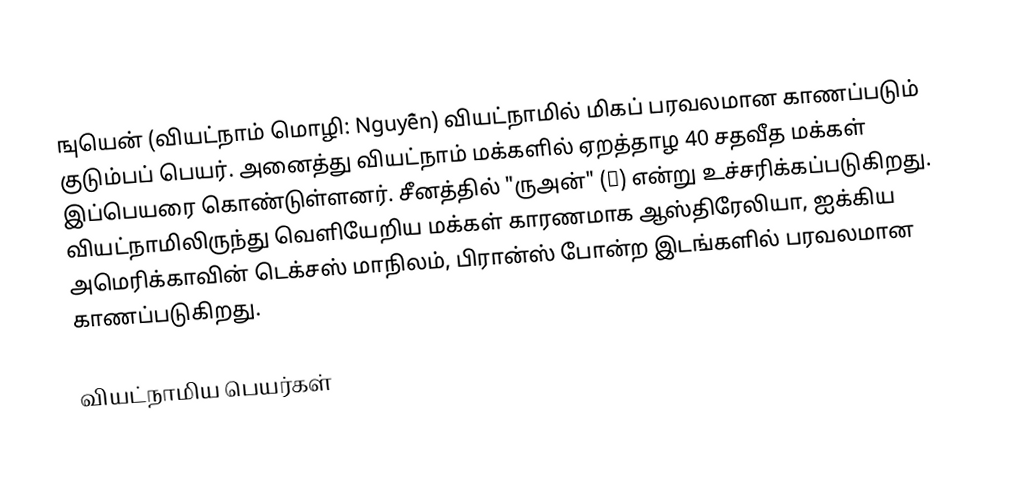
ஙுயென் (வியட்நாம் மொழி: Nguyễn) வியட்நாமில் மிகப் பரவலமான காணப்படும் குடும்பப் பெயர். அனைத்து வியட்நாம் மக்களில் ஏறத்தாழ 40 சதவீத மக்கள் இப்பெயரை கொண்டுள்ளனர். சீனத்தில் "ருஅன்" (阮) என்று உச்சரிக்கப்படுகிறது. வியட்நாமிலிருந்து வெளியேறிய மக்கள் காரணமாக ஆஸ்திரேலியா, ஐக்கிய அமெரிக்காவின் டெக்சஸ் மாநிலம், பிரான்ஸ் போன்ற இடங்களில் பரவலமான காணப்படுகிறது.

வியட்நாமிய பெயர்கள்